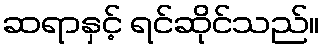
ဆရာနှင့် ရင်ဆိုင်သည်။